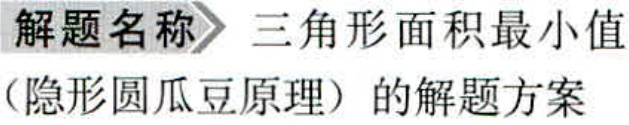
\textbf{解题名称} 三角形面积最小值（隐形圆瓜豆原理）的解题方案